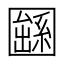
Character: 𡈱